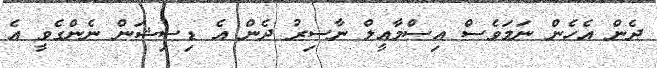
ދެން އެހެން ނަމަވެސް އިސްމާއީލް ނާސިރު ދެން އެ ޑިސިޝަން ނެންގެވީ އެ